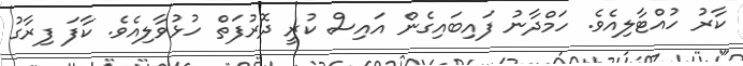
ކާރު ހުއްޓާލިއެވެ. ހަމްދާނު ފައިބައިގެން އައިސް ކުރީ ދޮރުފަތް ހުޅުވާލިއެވެ. ކާފަ ފިރާގު